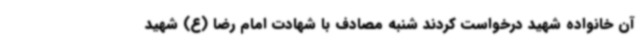
آن خانواده شهید درخواست کردند شنبه مصادف با شهادت امام رضا (ع) شهید